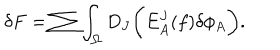
LaTeX: \delta F = \sum \int _ { \Omega } D _ { J } \biggl ( E _ { A } ^ { J } ( f ) \delta \phi _ { A } \biggr ) .